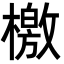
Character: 檄